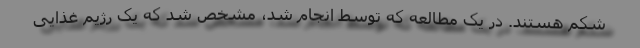
شکم هستند. در یک مطالعه که توسط انجام شد، مشخص شد که یک رژیم غذایی